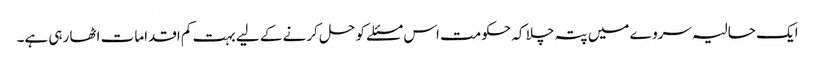
ایک حالیہ سروے میں پتہ چلا کہ حکومت اس مسئلے کو حل کرنے کے لیے بہت کم اقدامات اٹھا رہی ہے۔